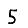
Digit: 5